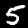
Digit: 5